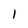
Character: I